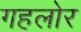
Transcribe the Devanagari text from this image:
गहलोर